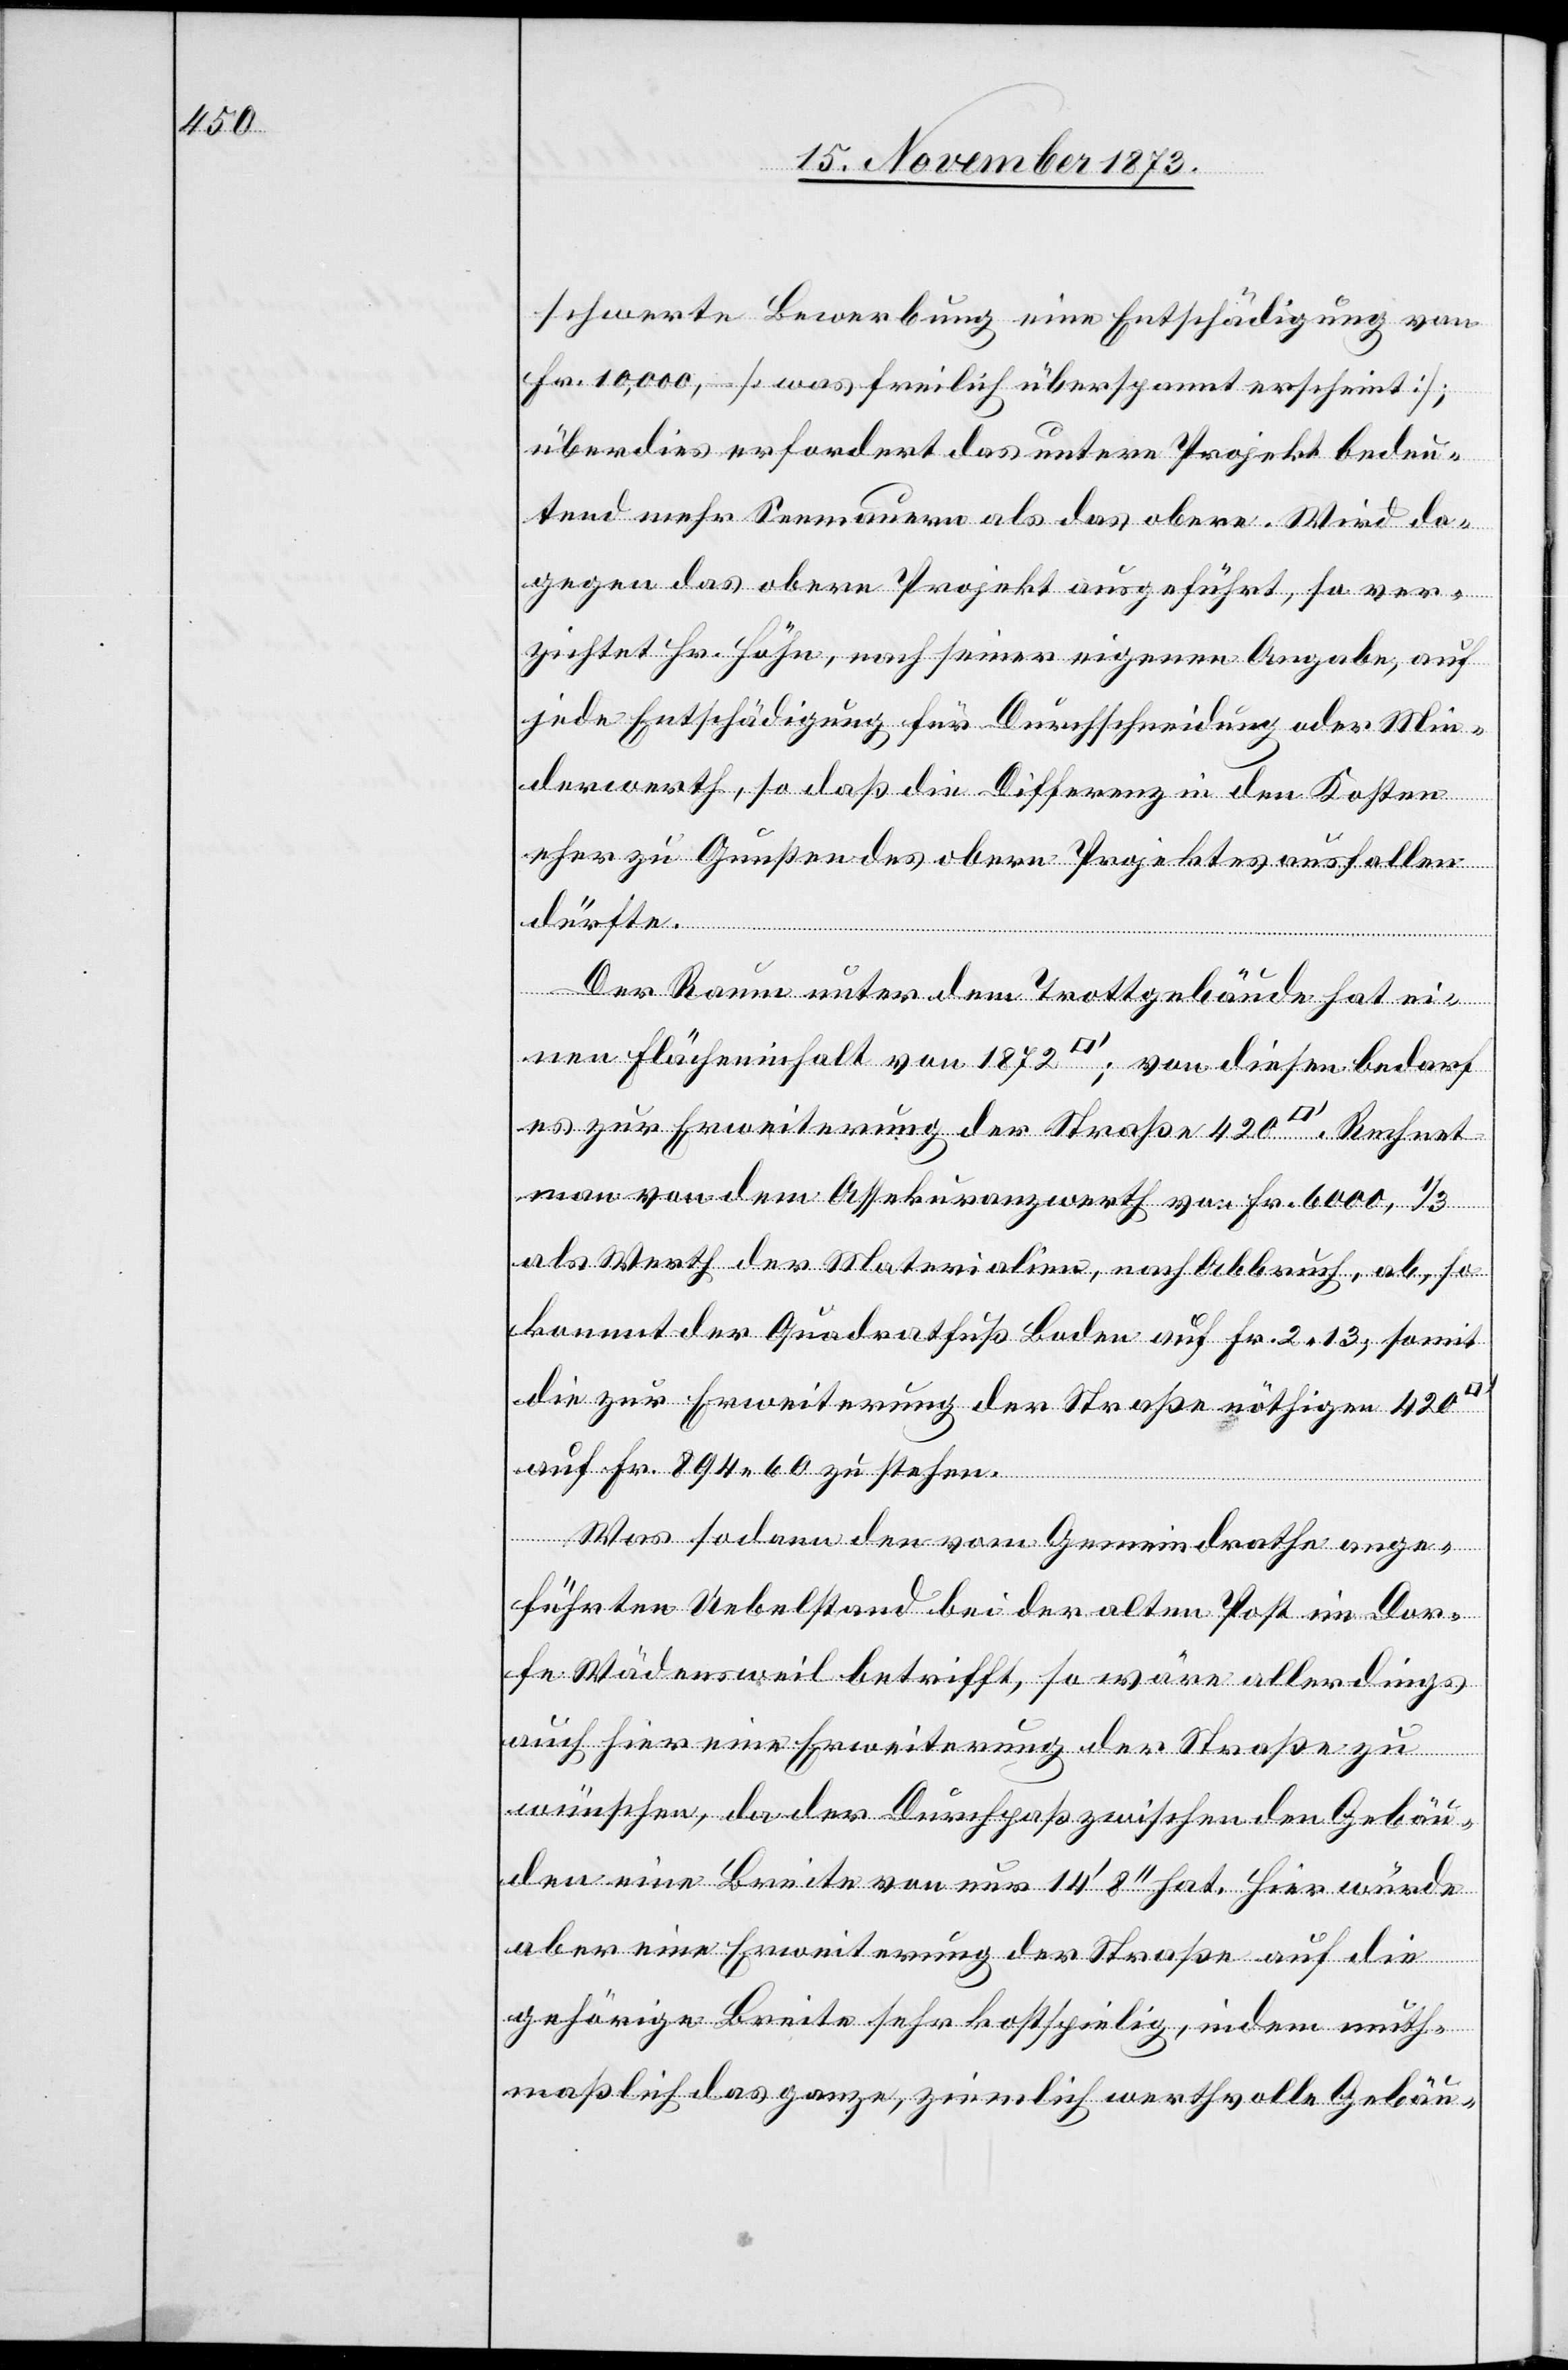
schwerte Bewerbung eine Entschädigung von
Fr. 10,000, – [was freilich überspannt erscheint];
überdies erfordert das untere Projekt bedeu¬
tend mehr Seemauern als das obere. Wird da¬
gegen das obere Projekt ausgeführt, so ver¬
zichtet Hr. Höhn, nach seiner eigenen Angabe, auf
jede Entschädigung für Durchschneidung oder Min¬
derwerth, so daß die Differenz in den Kosten
eher zu Gunsten des obern Projektes ausfallen
dürfte.
Der Raum unter dem Trottgebäude hat ei¬
nen Flächeninhalt von 1 872 [Quadratfuss]; von diesen bedarf
es zur Erweiterung der Straße 420 [Quadratfuss]. Rechnet
man von dem Assekuranzwerth von Fr. 6 000, 1/3
als Werth der Materialien, nach Abbruch, ab, so
kommt der Quadratfuß Boden auf Fr. 2 13; somit
die zur Erweiterung der Straße nöthigen 420
auf Fr. 894 60 zu stehen.
Was sodann den vom Gemeindrathe ange¬
führten Uebelstand bei der alten Post im Dor¬
fe Wädensweil betrifft, so wäre allerdings
auch hier eine Erweiterung der Straße zu
wünschen, da der Durchpaß zwischen den Gebäu¬
den eine Breite von nur 14‘ 8‘‘ hat. Hier würde
aber eine Erweiterung der Straße auf die
gehörige Breite sehr kostspielig, indem muth¬
maßlich das ganze, ziemlich werthvolle Gebäu-